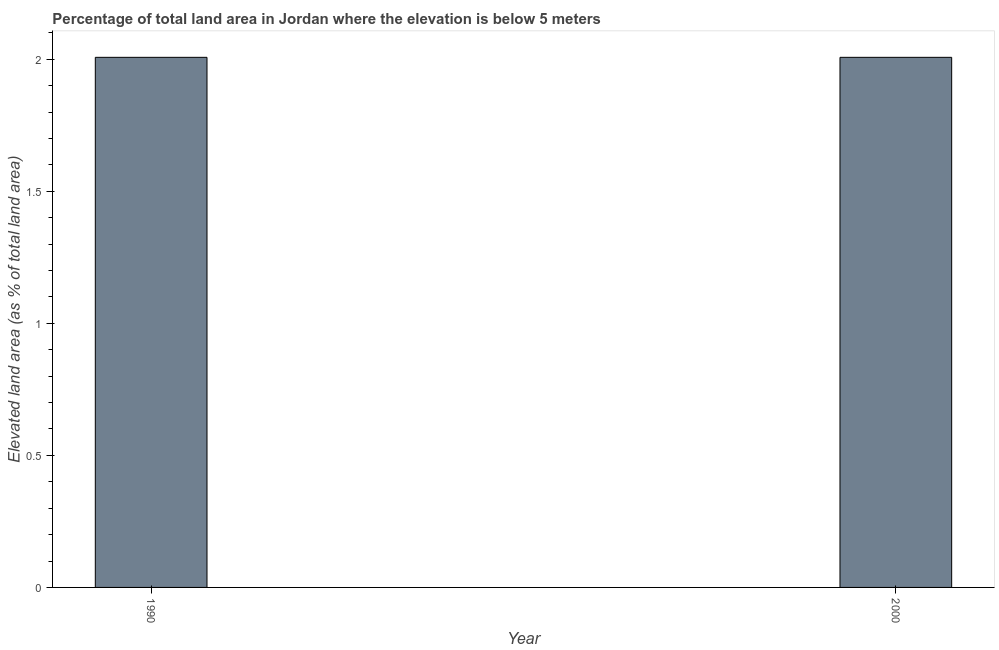
| Year | Land area |
 | --- | --- |
 | 1990 | 2.01 |
 | 2000 | 2.01 |